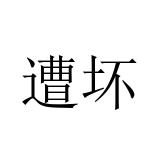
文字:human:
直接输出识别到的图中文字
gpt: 遭坏